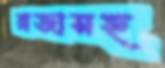
রাজাসহ